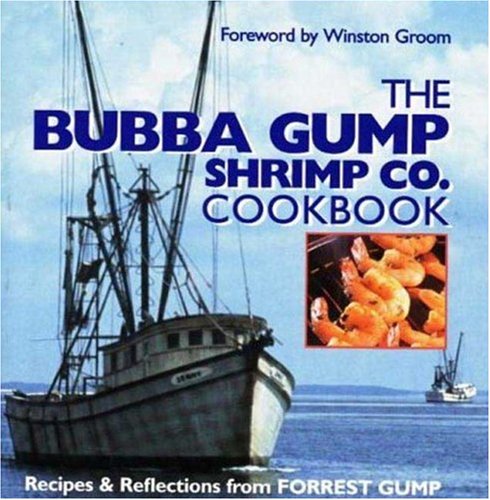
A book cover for The Bubba Gump Shrimp Co. Cookbook: Recipes and Reflections from FORREST GUMP; Southern Living Magazine; Cookbooks, Food & Wine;